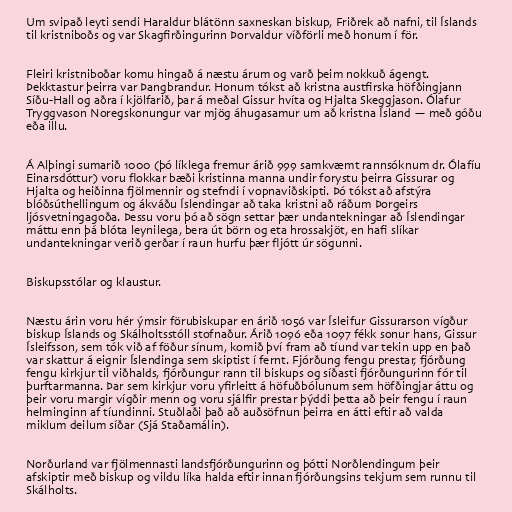
Um svipað leyti sendi Haraldur blátönn saxneskan biskup, Friðrek að nafni, til Íslands
til kristniboðs og var Skagfirðingurinn Þorvaldur víðförli með honum í för.

Fleiri kristniboðar komu hingað á næstu árum og varð þeim nokkuð ágengt.
Þekktastur þeirra var Þangbrandur. Honum tókst að kristna austfirska höfðingjann
Síðu-Hall og aðra í kjölfarið, þar á meðal Gissur hvíta og Hjalta Skeggjason. Ólafur
Tryggvason Noregskonungur var mjög áhugasamur um að kristna Ísland — með góðu
eða illu.

Á Alþingi sumarið 1000 (þó líklega fremur árið 999 samkvæmt rannsóknum dr. Ólafíu
Einarsdóttur) voru flokkar bæði kristinna manna undir forystu þeirra Gissurar og
Hjalta og heiðinna fjölmennir og stefndi í vopnaviðskipti. Þó tókst að afstýra
blóðsúthellingum og ákváðu Íslendingar að taka kristni að ráðum Þorgeirs
ljósvetningagoða. Þessu voru þó að sögn settar þær undantekningar að Íslendingar
máttu enn þá blóta leynilega, bera út börn og eta hrossakjöt, en hafi slíkar
undantekningar verið gerðar í raun hurfu þær fljótt úr sögunni.

Biskupsstólar og klaustur.

Næstu árin voru hér ýmsir förubiskupar en árið 1056 var Ísleifur Gissurarson vígður
biskup Íslands og Skálholtsstóll stofnaður. Árið 1096 eða 1097 fékk sonur hans, Gissur
Ísleifsson, sem tók við af föður sínum, komið því fram að tíund var tekin upp en það
var skattur á eignir Íslendinga sem skiptist í fernt. Fjórðung fengu prestar, fjórðung
fengu kirkjur til viðhalds, fjórðungur rann til biskups og síðasti fjórðungurinn fór til
þurftarmanna. Þar sem kirkjur voru yfirleitt á höfuðbólunum sem höfðingjar áttu og
þeir voru margir vígðir menn og voru sjálfir prestar þýddi þetta að þeir fengu í raun
helminginn af tíundinni. Stuðlaði það að auðsöfnun þeirra en átti eftir að valda
miklum deilum síðar (Sjá Staðamálin).

Norðurland var fjölmennasti landsfjórðungurinn og þótti Norðlendingum þeir
afskiptir með biskup og vildu líka halda eftir innan fjórðungsins tekjum sem runnu til
Skálholts.